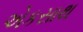
એકસાથ